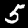
Label: 5